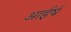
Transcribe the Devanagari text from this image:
आईर्ष